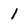
Character: 1